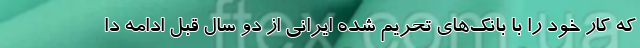
که کار خود را با بانک‌های تحریم شده ایرانی از دو سال قبل ادامه دا